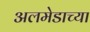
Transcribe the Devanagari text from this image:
अलमेडाच्या